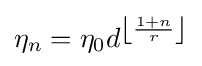
\eta _{n}=\eta _{0}d^{\left\lfloor {\frac {1+n}{r}}\right\rfloor }